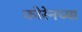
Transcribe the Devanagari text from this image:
कोरेनच्या